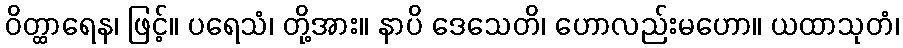
ဝိတ္ထာရေန၊ ဖြင့်။ ပရေသံ၊ တို့အား။ နာပိ ဒေသေတိ၊ ဟောလည်းမဟော။ ယထာသုတံ၊